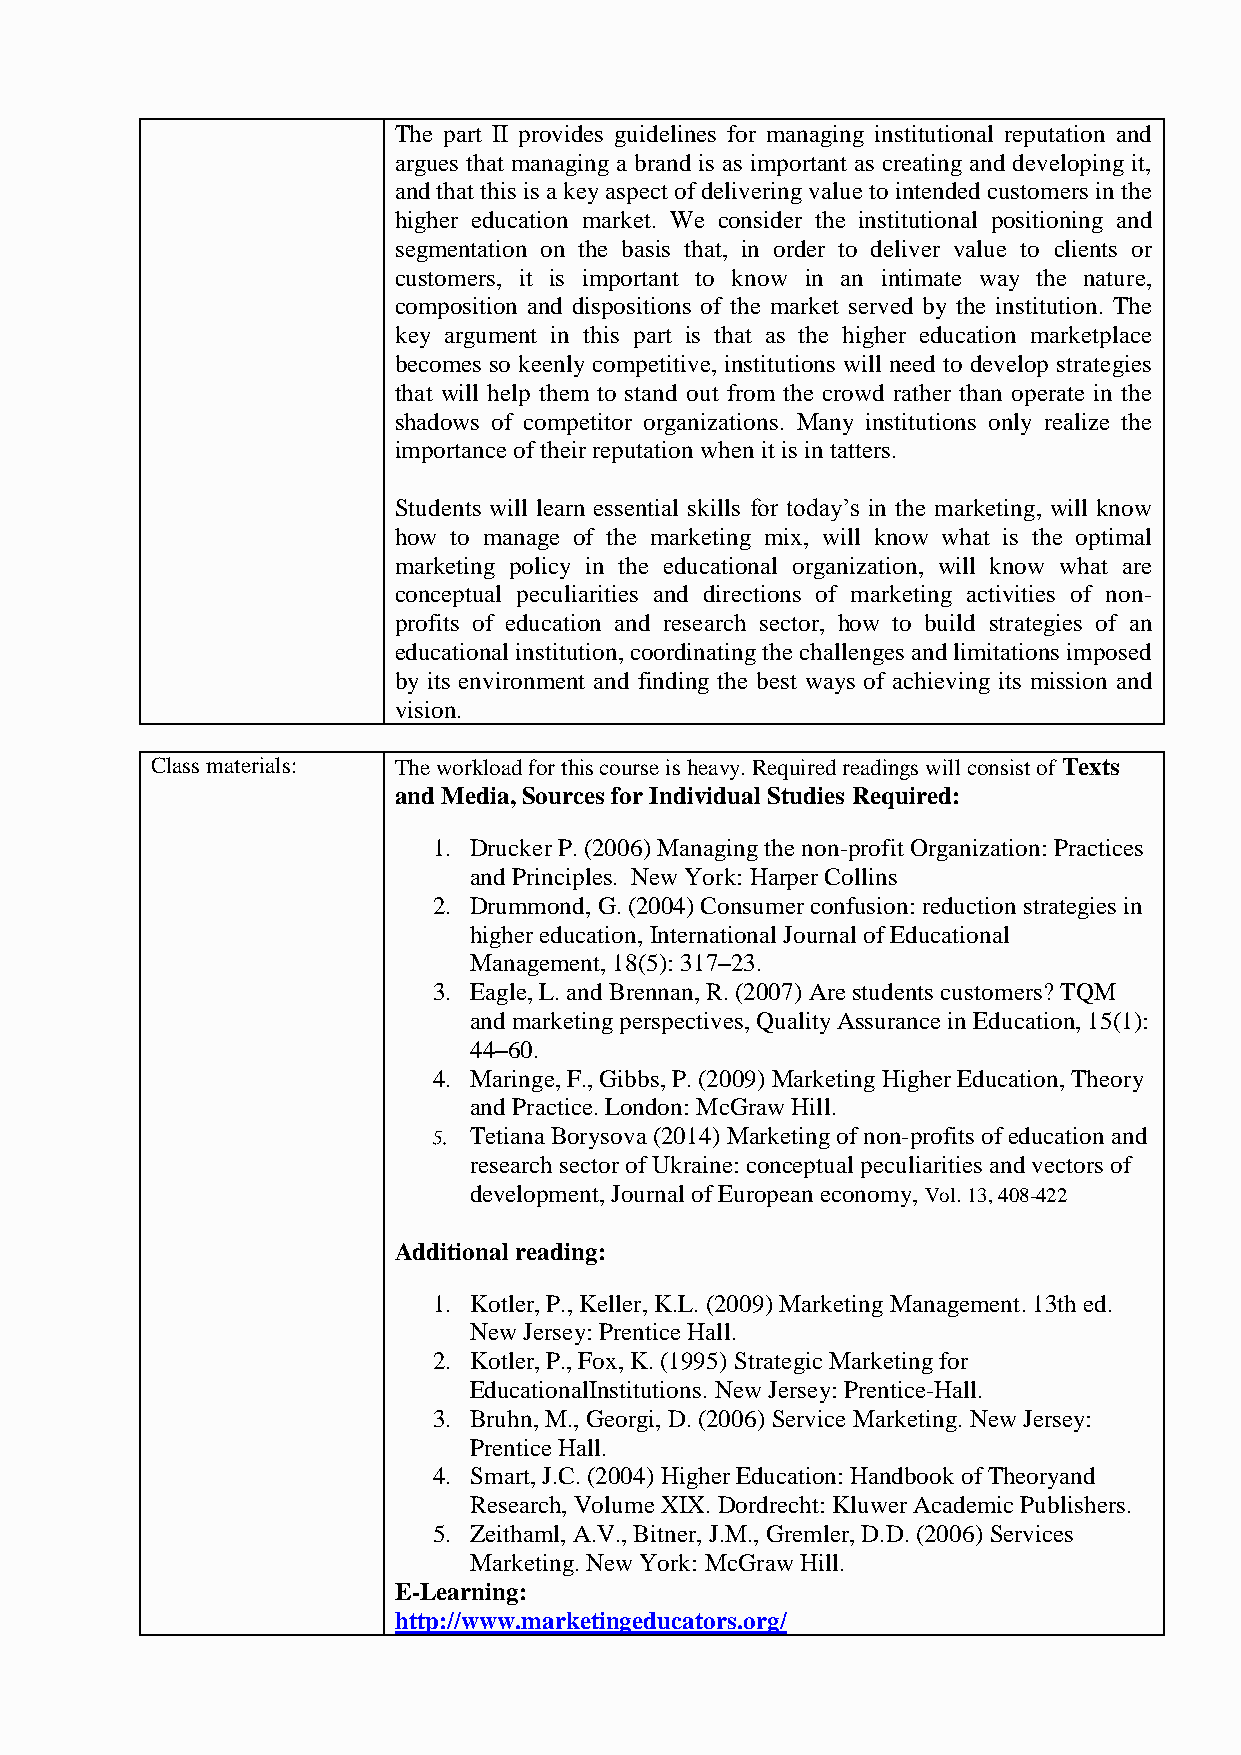
The part II provides guidelines for managing institutional reputation and
 argues that managing a brand is as important as creating and developing it,
 and that this is a key aspect of delivering value to intended customers in the
 higher education market. We consider the institutional positioning and
 segmentation on the basis that, in order to deliver value to clients or
 customers, it is important to know in an intimate way the nature,
 composition and dispositions of the market served by the institution. The
 key argument in this part is that as the higher education marketplace
 becomes so keenly competitive, institutions will need to develop strategies
 that will help them to stand out from the crowd rather than operate in the
 shadows of competitor organizations. Many institutions only realize the
 importance of their reputation when it is in tatters.
 Students will learn essential skills for today’s in the marketing, will know
 how to manage of the marketing mix, will know what is the optimal
 marketing policy in the educational organization, will know what are
 conceptual peculiarities and directions of marketing activities of non-
 profits of education and research sector, how to build strategies of an
 educational institution, coordinating the challenges and limitations imposed
 by its environment and finding the best ways of achieving its mission and
 vision.
 Class materials: The workload for this course is heavy. Required readings will consist of Texts
 and Media, Sources for Individual Studies Required:
 1. Drucker P. (2006) Managing the non-profit Organization: Practices
 and Principles. New York: Harper Collins
 2. Drummond, G. (2004) Consumer confusion: reduction strategies in
 higher education, International Journal of Educational
 Management, 18(5): 317–23.
 3. Eagle, L. and Brennan, R. (2007) Are students customers? TQM
 and marketing perspectives, Quality Assurance in Education, 15(1):
 44–60.
 4. Maringe, F., Gibbs, P. (2009) Marketing Higher Education, Theory
 and Practice. London: McGraw Hill.
 Tetiana Borysova (2014) Marketing of non-profits of education and
 research sector of Ukraine: conceptual peculiarities and vectors of
 development, Journal of European economy, Vol. 13, 408-422
 Additional reading:
 1. Kotler, P., Keller, K.L. (2009) Marketing Management. 13th ed.
 New Jersey: Prentice Hall.
 2. Kotler, P., Fox, K. (1995) Strategic Marketing for
 EducationalInstitutions. New Jersey: Prentice-Hall.
 3. Bruhn, M., Georgi, D. (2006) Service Marketing. New Jersey:
 Prentice Hall.
 4. Smart, J.C. (2004) Higher Education: Handbook of Theoryand
 Research, Volume XIX. Dordrecht: Kluwer Academic Publishers.
 5. Zeithaml, A.V., Bitner, J.M., Gremler, D.D. (2006) Services
 Marketing. New York: McGraw Hill.
 E-Learning:
 http://www.marketingeducators.org/